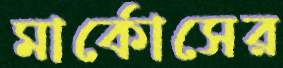
মার্কোসের